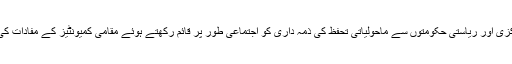
ایک اور ٹوئٹ میں انہوں نے مرکزی اور ریاستی حکومتوں سے ماحولیاتی تحفظ کی ذمہ داری کو اجتماعی طور پر قائم رکھتے ہوئے مقامی کمیونٹیز کے مفادات کی حفاظت کرنے کی اپیل کی تھی۔